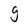
Character: g